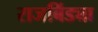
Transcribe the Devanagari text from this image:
राजबिंड्या